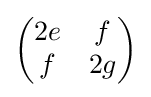
{\begin{pmatrix}2e&f\\f&2g\end{pmatrix}}